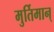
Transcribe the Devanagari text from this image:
मुर्तिमान्